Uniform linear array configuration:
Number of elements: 32
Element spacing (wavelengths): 1
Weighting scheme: binomial
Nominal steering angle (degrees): -60
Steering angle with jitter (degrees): -60.861
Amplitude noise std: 0.05
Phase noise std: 0.05

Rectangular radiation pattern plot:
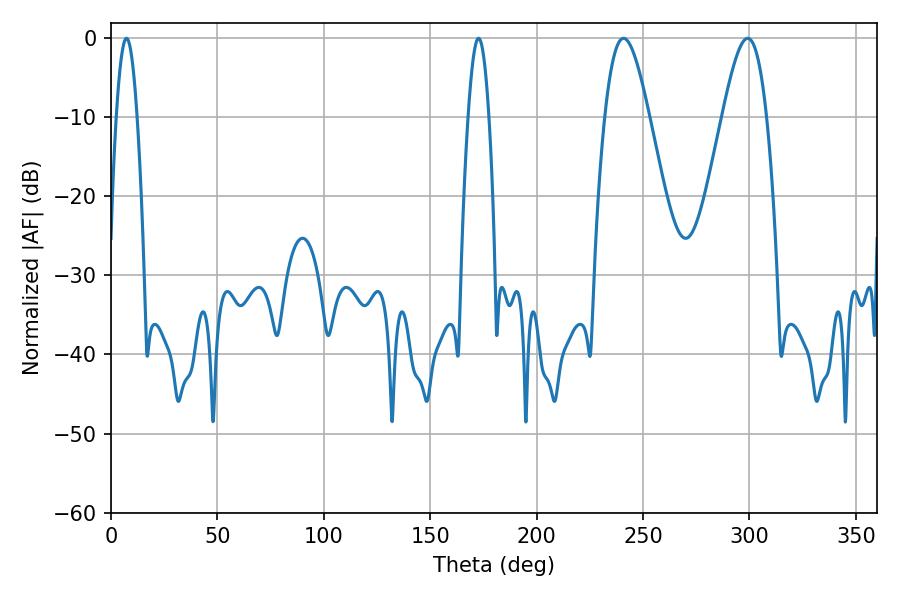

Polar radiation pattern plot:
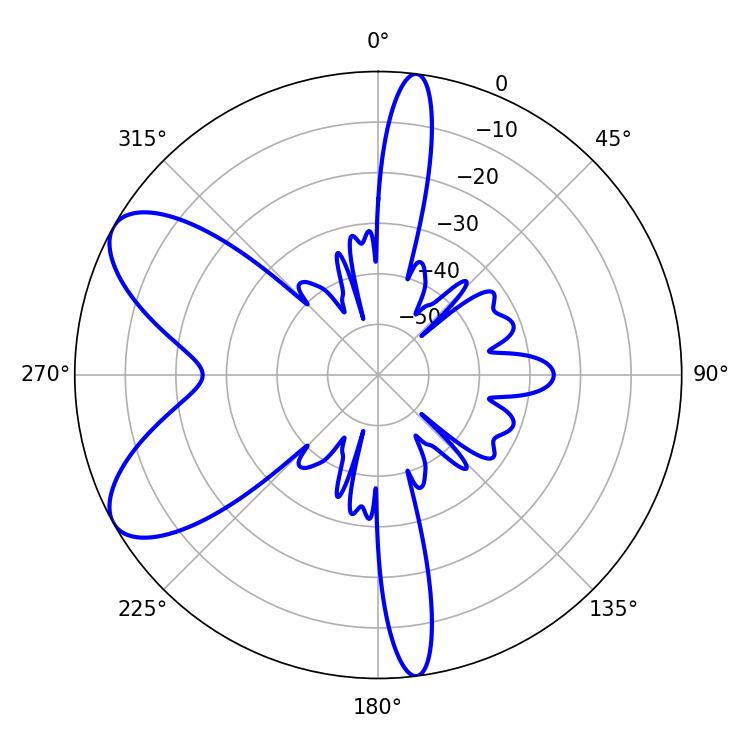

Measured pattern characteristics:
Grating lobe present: TRUE
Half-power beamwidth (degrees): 11.16
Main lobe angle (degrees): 240.84